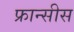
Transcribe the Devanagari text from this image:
फ्रान्सीस